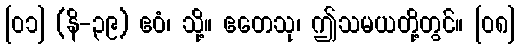
[၀၁] (နိ-၃၉) ဧဝံ၊ သို့။ ဧတေသု၊ ဤသမယတို့တွင်။ [၀၈]